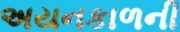
અયનકાળની